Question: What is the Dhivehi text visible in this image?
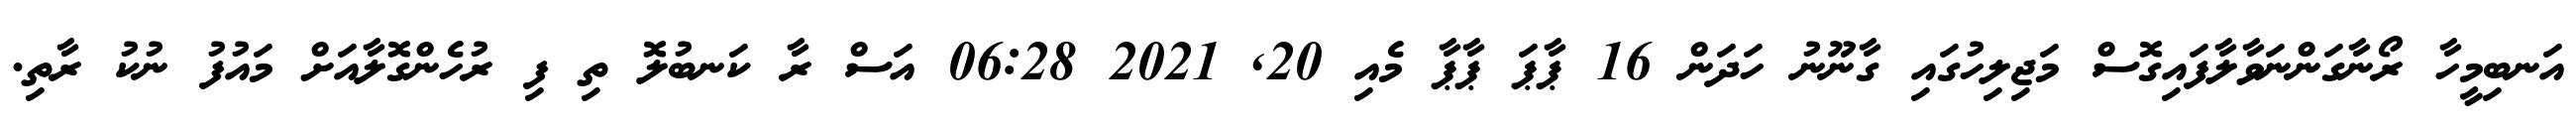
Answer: އަނބިމީހާ ރޯނާގަންނަވާލާފައިގޮސް މަޖިލިހުގައި ގާނޫނު ހަދަން 16 ޕާޕަ ޕާޕާ މެއި 20, 2021 06:28 އަސް ރާ ކަނބުލޮ ތި ފި ރުހެންގޮލާއަށް މައުފު ނުކު ރާތި.